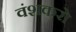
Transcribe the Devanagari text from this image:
वंशकरो